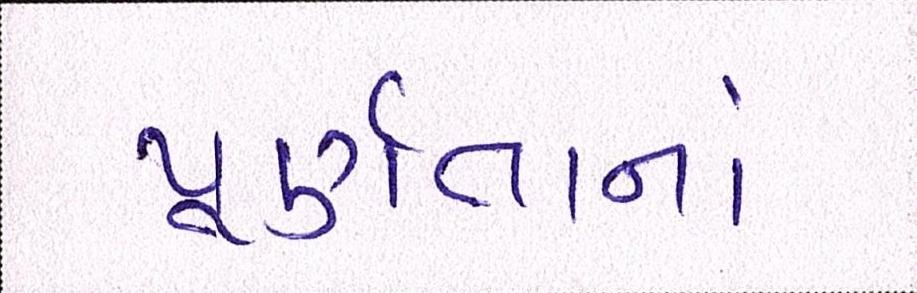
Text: પૂર્ણતાનાં